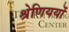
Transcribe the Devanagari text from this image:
श्रेणिययों